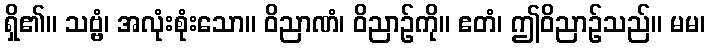
ရှိ၏။ သဗ္ဗံ၊ အလုံးစုံးသော။ ဝိညာဏံ၊ ဝိညာဉ်ကို။ ဧတံ၊ ဤဝိညာဉ်သည်။ မမ၊